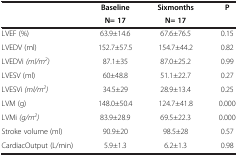
<table><thead><tr><td><b> </b></td><td><b>Baseline</b></td><td><b>Sixmonths</b></td><td><b>P</b></td></tr><tr><td><b> </b></td><td><b>N= 17</b></td><td><b>N= 17</b></td><td><b> </b></td></tr></thead><tbody><tr><td>LVEF (%)</td><td>63.9±14.6</td><td>67.6±76.5</td><td>0.15</td></tr><tr><td>LVEDV (ml)</td><td>152.7±57.5</td><td>154.7±44.2</td><td>0.82</td></tr><tr><td>LVEDVi <i>(ml/m</i><sup><i>2</i></sup><i>)</i></td><td>87.1±35</td><td>87.0±25.2</td><td>0.99</td></tr><tr><td>LVESV (ml)</td><td>60±48.8</td><td>51.1±22.7</td><td>0.27</td></tr><tr><td>LVESVi <i>(ml/m</i><sup><i>2</i></sup><i>)</i></td><td>34.5±29</td><td>28.9±13.4</td><td>0.25</td></tr><tr><td>LVM (g)</td><td>148.0±50.4</td><td>124.7±41.8</td><td>0.000</td></tr><tr><td>LVMi <i>(g/m</i><sup><i>2</i></sup><i>)</i></td><td>83.9±28.9</td><td>69.5±22.3</td><td>0.000</td></tr><tr><td>Stroke volume (ml)</td><td>90.9±20</td><td>98.5±28</td><td>0.57</td></tr><tr><td>CardiacOutput (L/min)</td><td>5.9±1.3</td><td>6.2±1.3</td><td>0.98</td></tr></tbody></table>